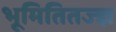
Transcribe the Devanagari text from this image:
भूमितितज्ज्ञ